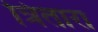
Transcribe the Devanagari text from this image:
त्रितारा